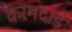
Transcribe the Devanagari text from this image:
करमदांड